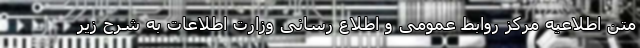
متن اطلاعیه مرکز روابط عمومی و اطلاع رسانی وزارت اطلاعات به شرح زیر